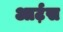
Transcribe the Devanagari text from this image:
आर्ट़स